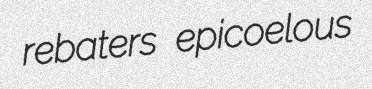
rebaters epicoelous